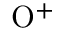
\mathrm { O ^ { + } }